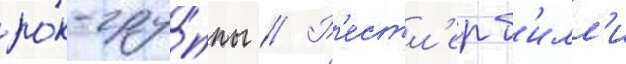
ро́к-гру́ппы // Р'естл'ер б'илл'и